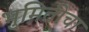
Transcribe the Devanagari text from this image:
भुमितीचा